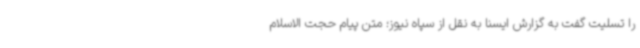
را تسلیت گفت به گزارش ایسنا به نقل از سپاه نیوز؛ متن پیام حجت الاسلام